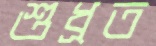
শুধ্‌রত